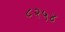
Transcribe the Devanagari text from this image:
८२५४